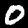
Digit: 0